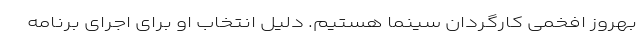
بهروز افخمی کارگردان سینما هستیم. دلیل انتخاب او برای اجرای برنامه